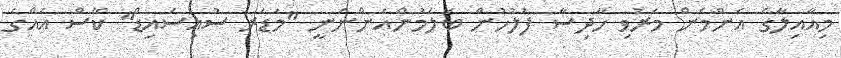
މިއާއިލާގެ އެންމެން މަރުވި ހާދިސާ ފުލުހުން ބަލަމުންއަންނަނީ "މަޑަރ ސުއިސައިޑް" ކޭސް އެއްގެ